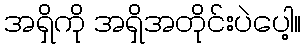
အရှိကို အရှိအတိုင်းပဲပေါ့။